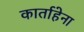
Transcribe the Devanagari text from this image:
कार्ताहेना